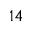
1 4